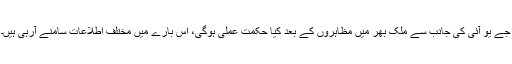
جے یو آئی کی جانب سے ملک بھر میں مظاہروں کے بعد کیا حکمت عملی ہوگی، اس بارے میں مختلف اطلاعات سامنے آرہی ہیں۔